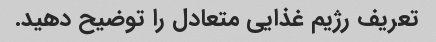
تعریف رژیم غذایی متعادل را توضیح دهید.